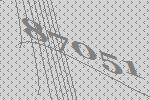
87051